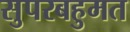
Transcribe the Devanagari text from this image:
सुपरबहुमत